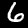
Label: 6